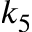
k _ { 5 }